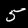
Label: 5